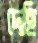
দেছি